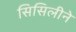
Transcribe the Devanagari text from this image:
सिसिलीने